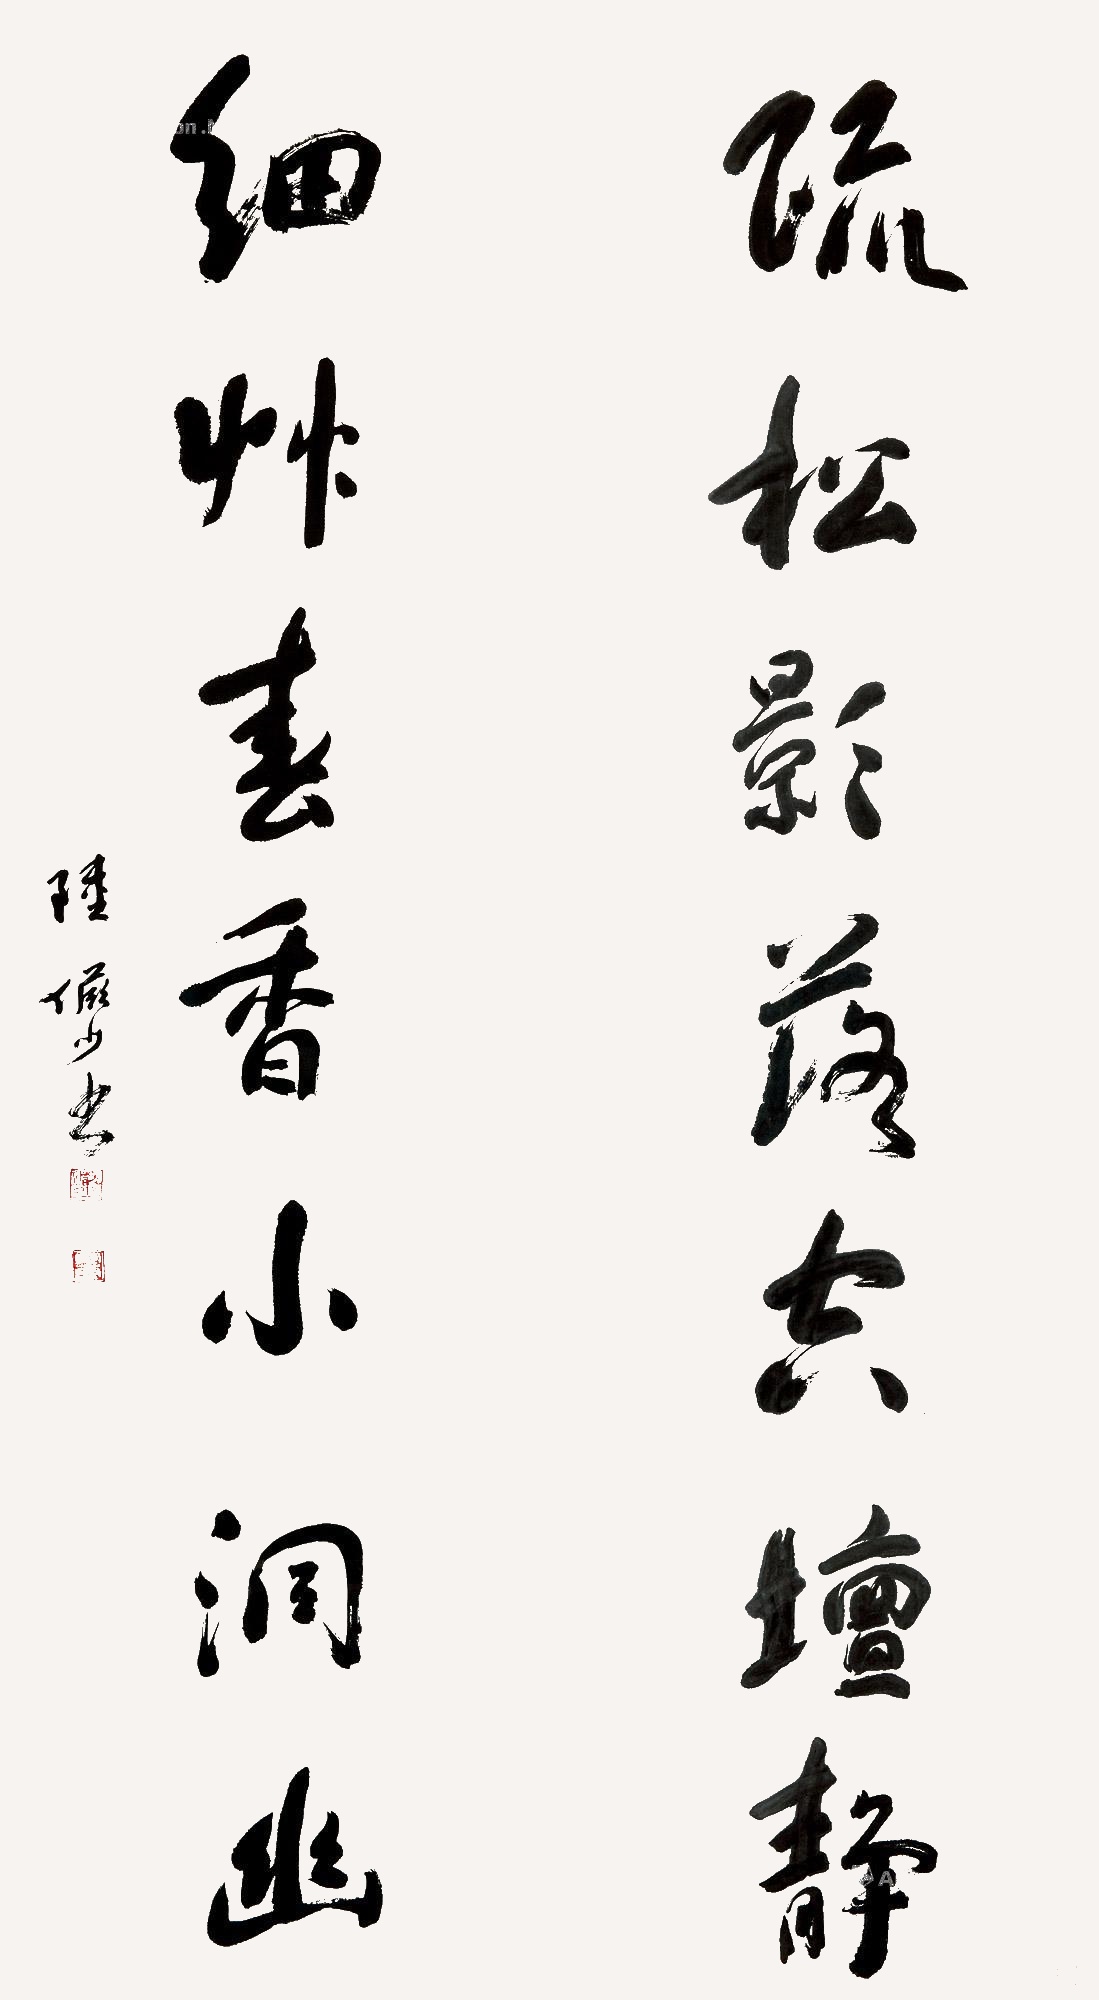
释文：疏松影落空坛静，细草春香小洞幽。陆俨少书。俨少、宛若